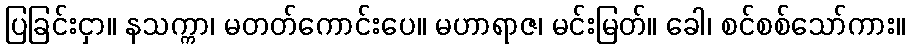
ပြခြင်းငှာ။ နသက္ကာ၊ မတတ်ကောင်းပေ။ မဟာရာဇ၊ မင်းမြတ်။ ခေါ၊ စင်စစ်သော်ကား။